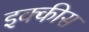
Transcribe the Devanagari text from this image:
इक्‍कीस